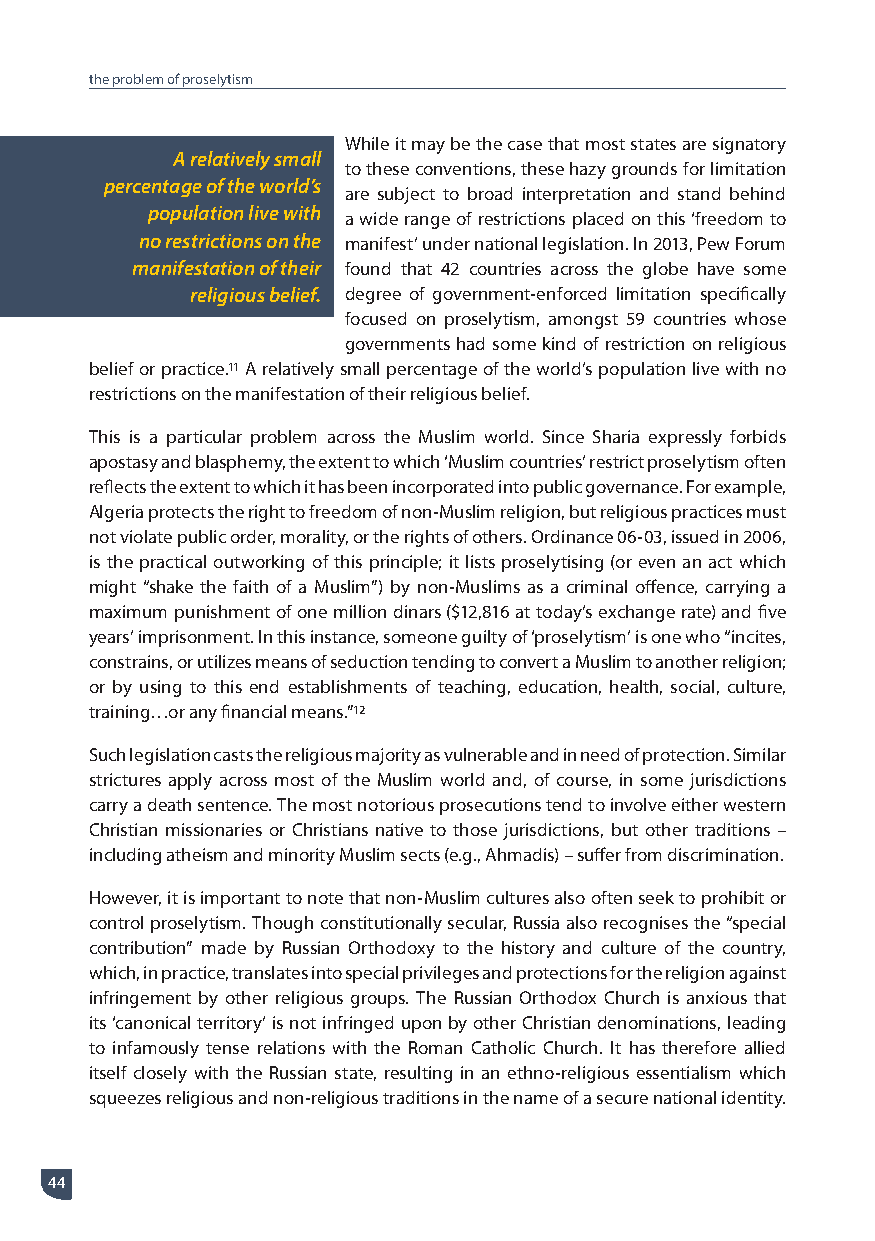
the problem of proselytism
 While it may be the case that most states are signatory
 A relatively small
 to these conventions, these hazy grounds for limitation
 percentage of the world’s
 are subject to broad interpretation and stand behind
 population live with a wide range of restrictions placed on this ‘freedom to
 no restrictions on the manifest’ under national legislation. In 2013, Pew Forum
 manifestation of their found that 42 countries across the globe have some
 religious belief. degree of government-enforced limitation specifically
 focused on proselytism, amongst 59 countries whose
 governments had some kind of restriction on religious
 belief or practice.11 A relatively small percentage of the world’s population live with no
 restrictions on the manifestation of their religious belief.
 This is a particular problem across the Muslim world. Since Sharia expressly forbids
 apostasy and blasphemy, the extent to which ‘Muslim countries’ restrict proselytism often
 reflects the extent to which it has been incorporated into public governance. For example,
 Algeria protects the right to freedom of non-Muslim religion, but religious practices must
 not violate public order, morality, or the rights of others. Ordinance 06-03, issued in 2006,
 is the practical outworking of this principle; it lists proselytising (or even an act which
 might “shake the faith of a Muslim”) by non-Muslims as a criminal offence, carrying a
 maximum punishment of one million dinars ($12,816 at today’s exchange rate) and five
 years’ imprisonment. In this instance, someone guilty of ‘proselytism’ is one who “incites,
 constrains, or utilizes means of seduction tending to convert a Muslim to another religion;
 or by using to this end establishments of teaching, education, health, social, culture,
 training…or any financial means.”12
 Such legislation casts the religious majority as vulnerable and in need of protection. Similar
 strictures apply across most of the Muslim world and, of course, in some jurisdictions
 carry a death sentence. The most notorious prosecutions tend to involve either western
 Christian missionaries or Christians native to those jurisdictions, but other traditions –
 including atheism and minority Muslim sects (e.g., Ahmadis) – suffer from discrimination.
 However, it is important to note that non-Muslim cultures also often seek to prohibit or
 control proselytism. Though constitutionally secular, Russia also recognises the “special
 contribution” made by Russian Orthodoxy to the history and culture of the country,
 which, in practice, translates into special privileges and protections for the religion against
 infringement by other religious groups. The Russian Orthodox Church is anxious that
 its ‘canonical territory’ is not infringed upon by other Christian denominations, leading
 to infamously tense relations with the Roman Catholic Church. It has therefore allied
 itself closely with the Russian state, resulting in an ethno-religious essentialism which
 squeezes religious and non-religious traditions in the name of a secure national identity.
 44